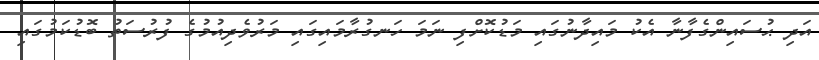
އަދި ޙުސައިންގެފާނާ އެކު މައިދާނުގައި މަޑުކޮށްފި ނަމަ ހަނގުރާމައިގައި މަރުވެދިއުމުގެ ފުރުސަތު ބޮޑުކަމުގައި